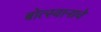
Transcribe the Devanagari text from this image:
बोत्स्वानाचे